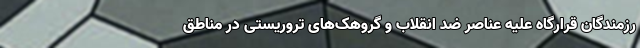
رزمندگان قرارگاه علیه عناصر ضد انقلاب و گروهک‌های تروریستی در مناطق